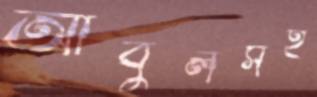
আবুলসহ